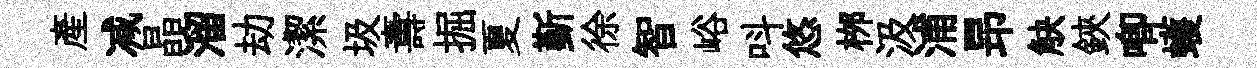
産减晶溜劫潔圾夀掘夏斳徐智峪呌悠桞汲浦昻觖鋏唧蠖